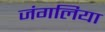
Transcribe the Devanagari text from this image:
जंगलिया